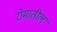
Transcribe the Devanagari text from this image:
रोमातील